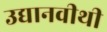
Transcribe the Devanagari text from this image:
उद्यानवीथी